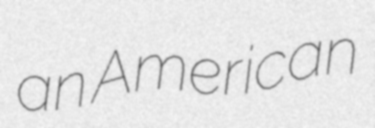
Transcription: an American